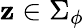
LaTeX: \mathbf{z}\in\Sigma_{\phi}